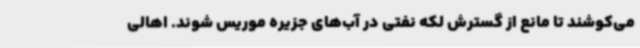
می‌کوشند تا مانع از گسترش لکه نفتی در آب‌های جزیره موریس شوند. اهالی